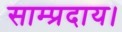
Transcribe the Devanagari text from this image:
साम्प्रदाय।